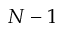
N - 1